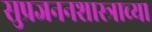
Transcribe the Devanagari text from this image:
सुप्रजननशास्त्राच्या